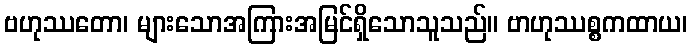
ဗဟုဿတော၊ များသောအကြားအမြင်ရှိသောသူသည်။ ဗာဟုဿစ္စကထာယ၊